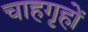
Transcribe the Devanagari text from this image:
चाहगृहों